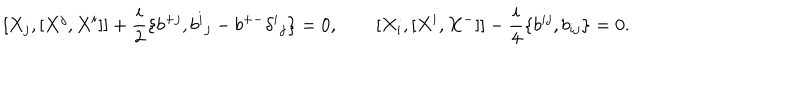
LaTeX: [ X _ { j } , [ X ^ { j } , X ^ { i } ] ] + { \frac { i } { 2 } } \{ b ^ { + j } , b ^ { i } { } _ { j } - b ^ { + - } \delta ^ { i } { } _ { j } \} = 0 , \qquad [ X _ { i } , [ X ^ { i } , X ^ { - } ] ] - { \frac { i } { 4 } } \{ b ^ { i j } , b _ { i j } \} = 0 .